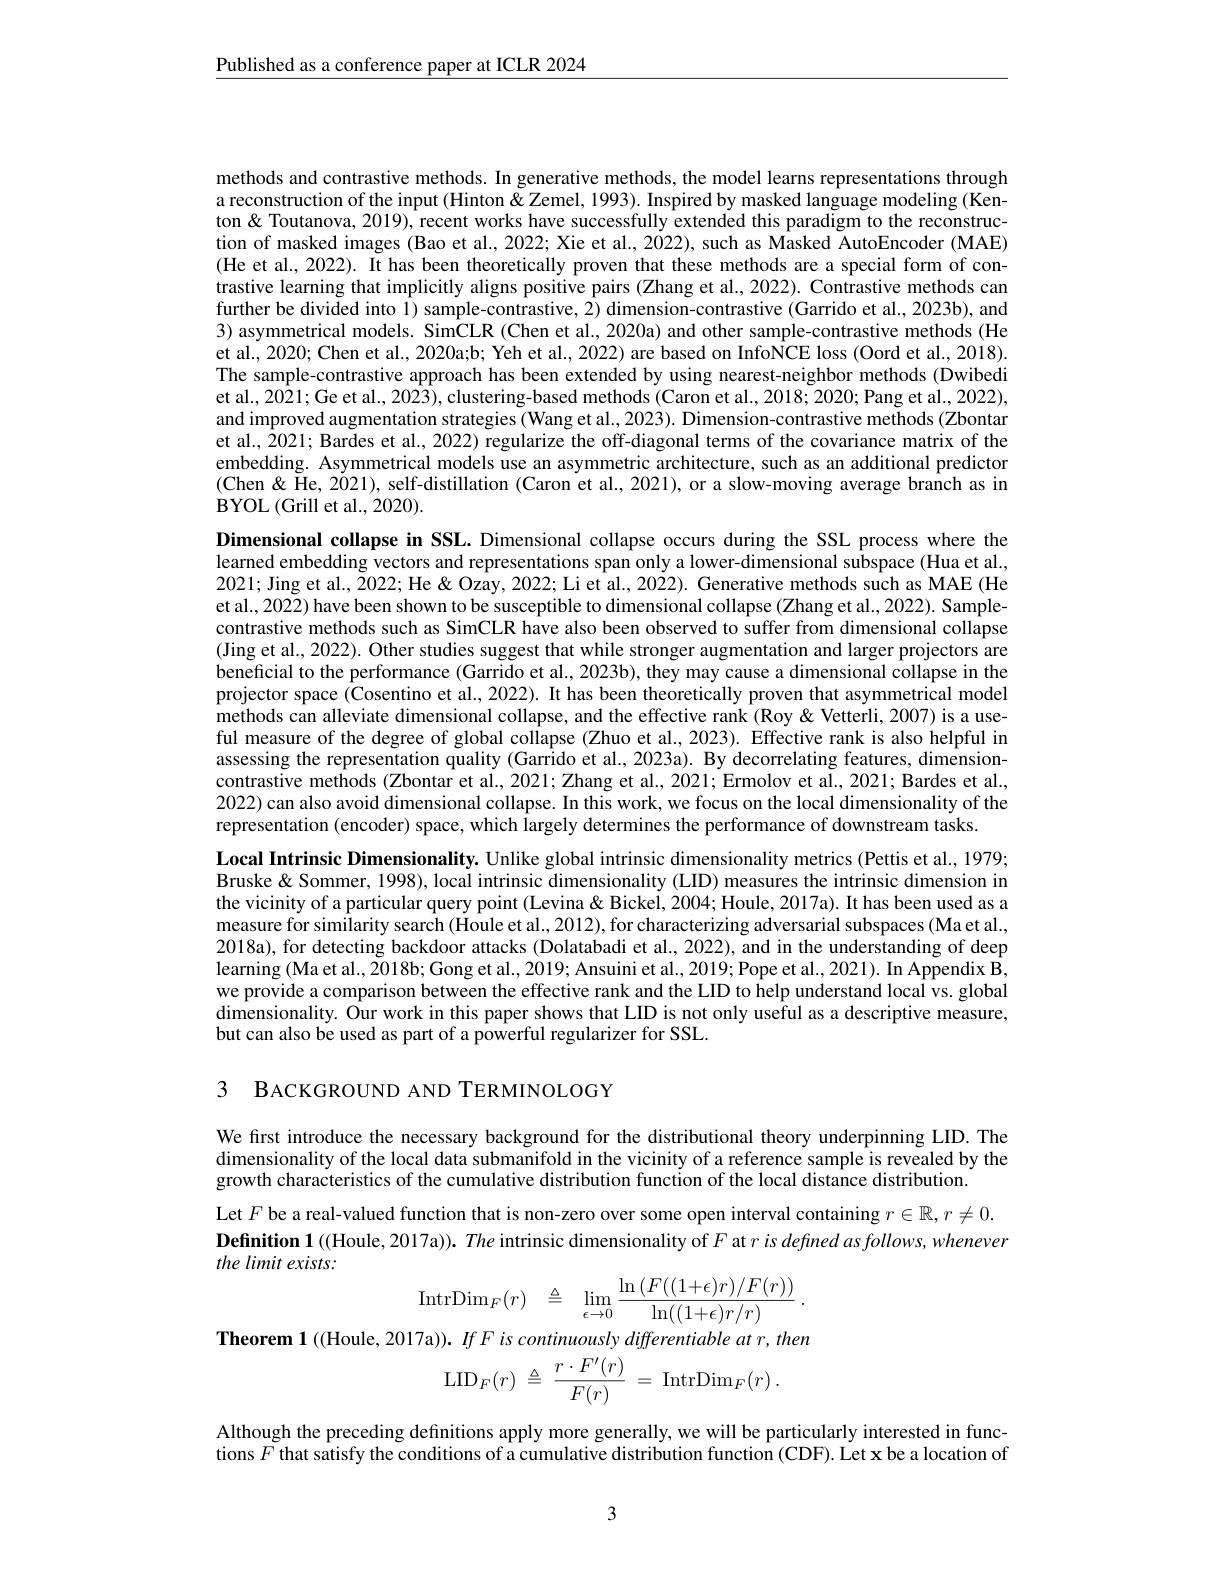
$\underline{\text{Published as a conference paper at ICLR 2024}}$

methods and contrastive methods. In generative methods, the model learns representations through a reconstruction of the input (Hinton $\tilde{\&}$ Zemel, 1993). Inspired by masked language modeling (Kenton & Toutanova, 2019), recent works have successfully extended this paradigm to the reconstruction of masked images (Bao et al., 2022; Xie et al., 2022), such as Masked AutoEncoder (MAE) (He et al., 2022). It has been theoretically proven that these methods are a special form of contrastive learning that implicitly aligns positive pairs (Zhang et al., 2022). Contrastive methods can further be divided into 1) sample-contrastive, 2) dimension-contrastive (Garrido et al., 2023b), and 3) asymmetrical models. SimCLR (Chen et al., 2020a) and other sample-contrastive methods (He et al., 2020; Chen et al., 2020a;b; Yeh et al., 2022) are based on InfoNCE loss (Oord et al., 2018). The sample-contrastive approach has been extended by using nearest-neighbor methods (Dwibedi et al., 2021; Ge et al., 2023), clustering-based methods (Caron et al., 2018; 2020; Pang et al., 2022), and improved augmentation strategies (Wang et al., 2023). Dimension-contrastive methods (Zbontar et al., 2021; Bardes et al., 2022) regularize the off-diagonal terms of the covariance matrix of the embedding. Asymmetrical models use an asymmetric architecture, such as an additional predictor (Chen & He, 2021), self-distillation (Caron et al., 2021), or a slow-moving average branch as in $\operatorname{BYOL}(\operatorname{Grill}\operatorname{et}\operatorname{al}.,2020).$

Dimensional collapse in SSL. Dimensional collapse occurs during the SSL process where the learned embedding vectors and representations span only a lower-dimensional subspace (Hua et al., 2021; Jing et al., 2022; He& Qzay, 2022; Li et al., 2022). Generative methods such as MAE (He et al., 2022) have been shown to be susceptible to dimensional collapse (Zhang et al., 2022). Samplecontrastive methods such as SimCLR have also been observed to suffer from dimensional collapse (Jing et al., 2022). Other studies suggest that while stronger augmentation and larger projectors are beneficial to the performance (Garrido et al., 2023b), they may cause a dimensional collapse in the projector space (Cosentino et al., 2022). It has been theoretically proven that asymmetrical model methods can alleviate dimensional collapse, and the effective rank (Roy& Vetterli, 2007) is a useful measure of the degree of global collapse (Zhuo et al., 2023). Effective rank is also helpful in assessing the representation quality (Garrido et al., 2023a). By decorrelating features, dimensioncontrastive methods (Zbontar et al., 2021; Zhang et al., 2021; Ermolov et al., 2021; Bardes et al., 2022) can also avoid dimensional collapse. In this work, we focus on the local dimensionality of the representation (encoder) space, which largely determines the performance of downstream tasks.

Local Intrinsic Dimensionality. Unlike global intrinsic dimensionality metrics (Pettis et al., 1979; Bruske& Sommer, 1998), local intrinsic dimensionality (LID) measures the intrinsic dimension in the vicinity of a particular query point (Levina& Bickel, 2004; Houle, 2017a). It has been used as a measure for similarity search (Houle et al., 2012), for characterizing adversarial subspaces (Ma et al., 2018a), for detecting backdoor attacks (Dolatabadi et al., 2022), and in the understanding of deep learning (Ma et al., 2018b; Gong et al., 2019; Ansuini et al., 2019; Pope et al., 2021). In Appendix B, we provide a comparison between the effective rank and the LID to help understand local vs. global dimensionality. Our work in this paper shows that LID is not only useful as a descriptive measure, but can also be used as part of a powerful regularizer for SSL.

3 BACKGROUND AND TERMINOLOGY

We first introduce the necessary background for the distributional theory underpinning LID. The dimensionality of the local data submanifold in the vicinity of a reference sample is revealed by the growth characteristics of the cumulative distribution function of the local distance distribution.
Let $F$ be a real-valued function that is non-zero over some open interval containing $r\in\mathbb{R},r\neq0.$ Definition 1 ((Houle, 2017a)). The intrinsic dimensionality of $F$ at $r$ is defined as follows, whenever the limit exists:
$$\mathrm{IntrDim}_{F}(r)\quad\triangleq\quad\lim_{\epsilon\to0}\frac{\ln{(F((1+\epsilon)r)/F(r))}}{\ln((1+\epsilon)r/r)}\:.$$
Theorem 1 ((Houle, 2017a)). If F is continuously differentiable at r, then
$$\mathrm{LID}_{F}(r)\:\triangleq\:\frac{r\cdot F^{\prime}(r)}{F(r)}\:=\:\mathrm{IntrDim}_{F}(r)\:.$$
Although the preceding definitions apply more generally, we will be particularly interested in functions $F$ that satisfy the conditions of a cumulative distribution function (CDF). Let x be a location of

3